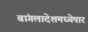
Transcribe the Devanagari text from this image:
बांगलादेशमध्येपार